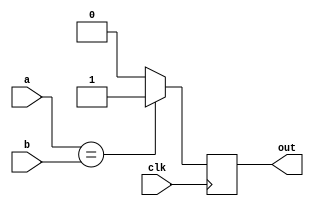
module compare(a,b,out,clk);


input [5:0]a,b;
input clk;
output reg out;



always @(posedge clk)
begin

    if(a==b)
        out = 1;
        
    else 
        out =0;

end

endmodule